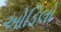
ઓડિલો